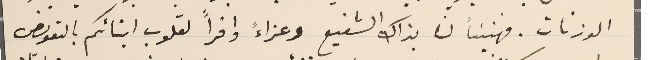
الوزنات. فهنيئاً لنا بذاك الشفيع وعزاءً وافراً لقلوب ابنائكم بالتعويض